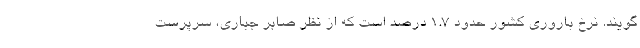
‌گویند. نرخ باروری کشور حدود ۱.۷ درصد است که از نظر صابر جباری، سرپرست